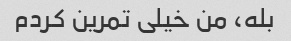
بله، من خیلی تمرین کردم